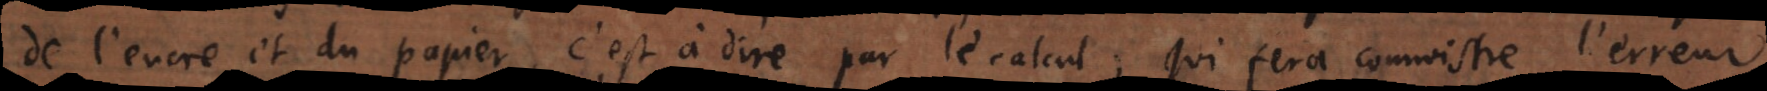
de l’encre et du papier, c’est à dire par le calcul; qui fera connoistre l’erreur